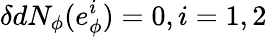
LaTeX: \delta dN_{\phi}(e_{\phi}^{i})=0,i=1,2